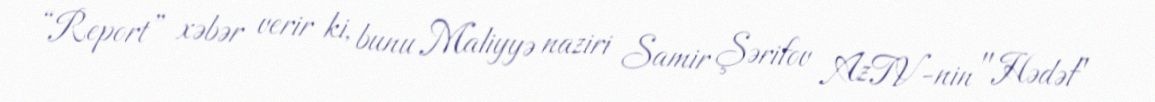
“Report” xəbər verir ki, bunu Maliyyə naziri Samir Şərifov AzTV-nin "Hədəf"